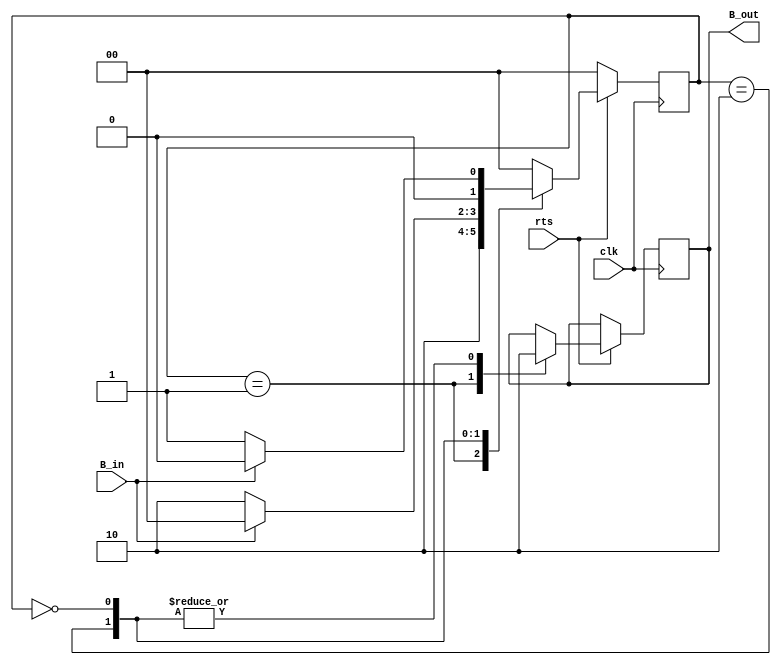
//ECE5440
//Alamin Ahmed 5293
//Lab 2 Number Matching Game with enter/rts and password protection
//Button Shaper Module


module ButtonShaper(clk,rts,B_in,B_out);
	parameter high = 1'b1,
				 low  = 1'b0;

	parameter pause = 2'b00,
				 on    = 2'b01,
				 off   = 2'b10;

	input clk, rts, B_in;
	output reg B_out = low;

	reg[1:0] state;
	
	always@(posedge clk) begin 
		if(rts == low) begin state <= pause; end
		else begin
			case(state) 
				on: begin 
					B_out <= high;
					state <= off; 
				end
				off: begin
					B_out <= low;
					if(B_in == low) begin state <= off; end
					else begin state <= pause; end
				end
				pause: begin
					B_out <= low;
					if(B_in == low) begin state <= on; end
					else begin state <= pause; end
				end
				default: begin state <= pause; end
			endcase
		end
	end
	
	
endmodule